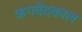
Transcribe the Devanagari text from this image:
ऋगवेदकाल